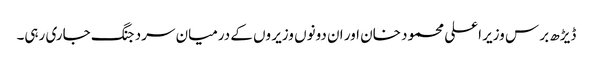
ڈیڑھ بر س وزیر اعلی محمود خان اور ان دونوں وزیر وں کے درمیان سرد جنگ جاری رہی۔